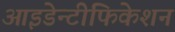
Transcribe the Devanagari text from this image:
आइडेन्टीफिकेशन